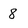
Character: 8